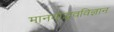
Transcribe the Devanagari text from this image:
मानवोद्भवविज्ञान